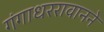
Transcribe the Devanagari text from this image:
गंगाधररावानने